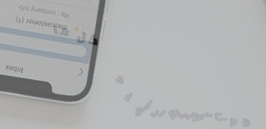
محل بقالة الزويد   كل ما